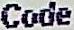
CODE